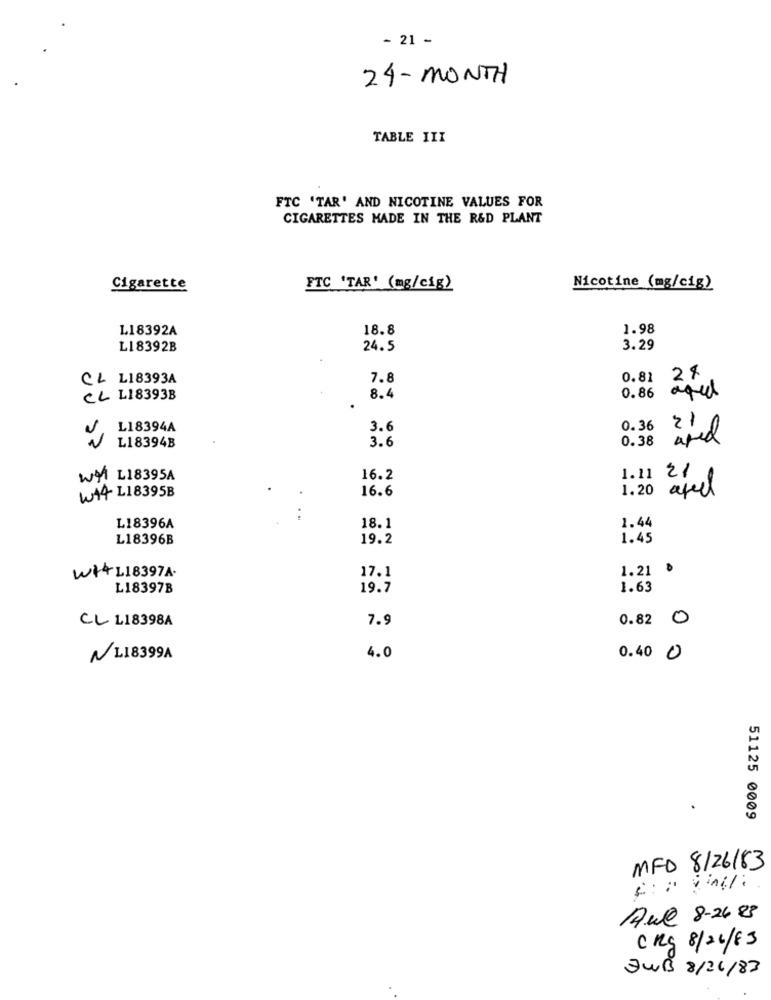
- 21 -
24 - MONTH
TABLE III
FTC 'TAR' AND NICOTINE VALUES FOR
CIGARETTES MADE IN THE R&D PLANT
Cigarette
FTC "TAR' (mg/cig)
Nicotine (mg/cig)
L18392A
18.8
1.98
L18392B
24.5
3.29
CL LI8393A
7.8
0.81
24
CL LI8393B
8.4
0.86
aged
N
L18394A
3.6
0.36
L18394B
3.6
0.38
WM L18395A
16.2
1.11 216
wtt L18395B
16.6
1.20 afeel
1.44
L18396A
18.1
L18396B
19.2
1.45
W+4 L18397A.
17.1
1.21
L18397B
19.7
1.63
CL L18398A
7.9
0.82 0
NL18399A
4.0
0.40 0
51125 0009
MFD 8/26/83
Aul 8-24 83
CRg 8/26/83
JWB 8/26/83